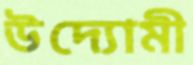
উদ্যোমী